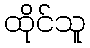
ထိုင်သူ